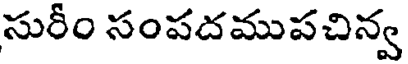
సురీం సంపదముపచిన్వ